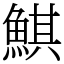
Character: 鯕